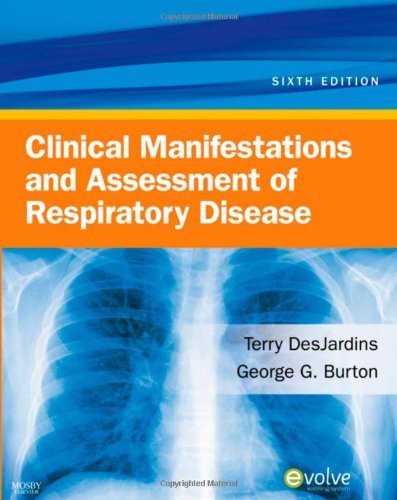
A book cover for By Terry Des Jardins - Clinical Manifestations & Assessment of Respiratory Disease: 6th (sixth) Edition; Terry Des Jardins; Health, Fitness & Dieting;